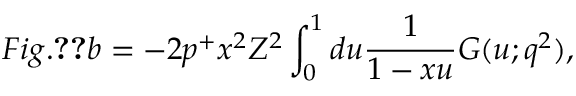
F i g . \ref { f i g : f f p i } b = - 2 p ^ { + } x ^ { 2 } Z ^ { 2 } \int _ { 0 } ^ { 1 } d u \frac { 1 } { 1 - x u } G ( u ; q ^ { 2 } ) ,